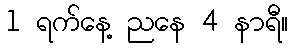
1 ရက်နေ့ ညနေ 4 နာရီ။